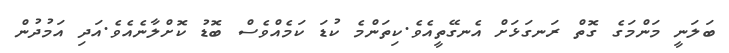
ބަލަނީ މަންމަގެ ގޮތް ރަނގަޅަށް އެނގޭތީއެވެ.ކިތަންމެ ކުޑަ ކަމެއްވެސް ބޮޑު ކޮށްލާނެއެވެ.އަދި އަމުދުން